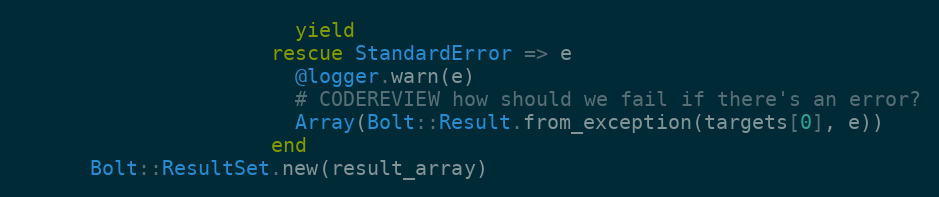
Language: Ruby
                       yield
                     rescue StandardError => e
                       @logger.warn(e)
                       # CODEREVIEW how should we fail if there's an error?
                       Array(Bolt::Result.from_exception(targets[0], e))
                     end
      Bolt::ResultSet.new(result_array)